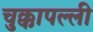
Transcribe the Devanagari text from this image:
चुक्कापल्ली